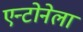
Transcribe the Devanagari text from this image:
एन्टोनेला